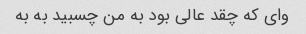
وای که چقد عالی بود به من چسبید به به